Civil Veterinary Department Bengal reports 1923-33 - 1923-1933
Year: 1923
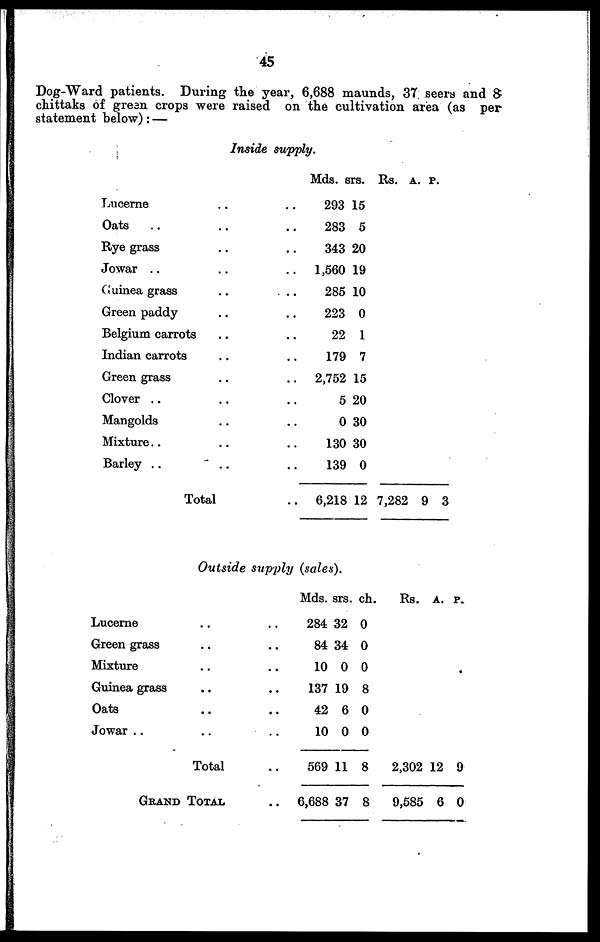
45
Dog-Ward patients. During the year, 6,688 maunds, 37 seers and 8
chittaks of green crops were raised on the cultivation area (as per
statement below): —
Inside supply.
Lucerne .. ..
Oats .. .. ..
Rye grass .. ..
Jowar .. .. ..
Guinea grass .. ..
Green paddy .. ..
Belgium carrots .. ..
Indian carrots .. ..
Green grass .. ..
Clover .. ..
Mangolds .. ..
Mixture .. ..
Barley .. ..
Total .. ..
Mds.
293
283
343
1,560
285
223
22
179
2,752
5
0
130
139
6,218
srs.
15
5
20
19
10
0
1
7
15
20
30
30
0
12
Rs.
7,28
A.
2 9
P.
3
Outside supply (sales).
Lucerne .. ..
Green grass .. ..
Mixture .. ..
Guinea grass .. ..
Oats .. ..
Jowar .. .. ..
Total ..
GRAND TOTAL ..
Mds.
284
84
10
137
42
10
569
6,688
srs.
32
34
0
19
6
0
11
37
ch.
0
0
0
8
0
0
8
8
Rs.
2,302
9,585
A.
12
6
P.
9
0